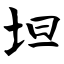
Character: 坦